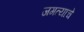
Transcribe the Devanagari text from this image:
जगत्याचे